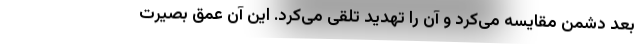
بعد دشمن مقایسه می‌کرد و آن را تهدید تلقی می‌کرد. این آن عمق بصیرت